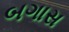
બગાસ